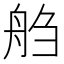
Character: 𰰌